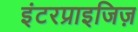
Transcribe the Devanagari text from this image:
इंटरप्राइजिज़